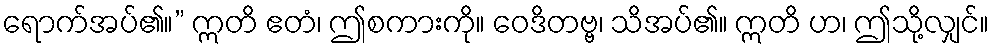
ရောက်အပ်၏။” ဣတိ ဧတံ၊ ဤစကားကို။ ဝေဒိတဗ္ဗ၊ သိအပ်၏။ ဣတိ ဟ၊ ဤသို့လျှင်။